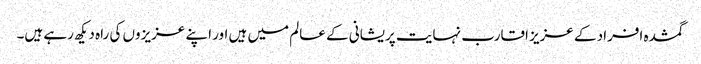
گمشدہ افراد کے عزیز اقارب نہایت پریشانی کے عالم میں ہیں اور اپنے عزیزوں کی راہ دیکھ رہے ہیں۔